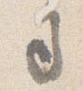
司